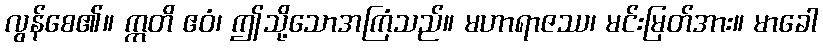
လွန်စေ၏။ ဣတိ ဧဝံ၊ ဤသို့သောအကြံသည်။ မဟာရာဇဿ၊ မင်းမြတ်အား။ မာခေါ